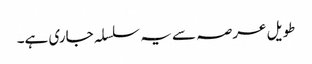
طویل عرصہ سے یہ سلسلہ جاری ہے۔